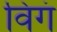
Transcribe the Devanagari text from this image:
विगं